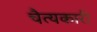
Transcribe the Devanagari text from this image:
चैत्यकारी